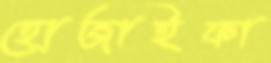
হোজাইফা